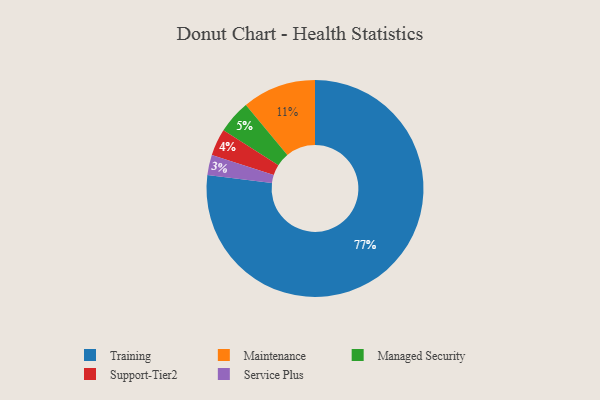
{"axis": {"x": "Category", "y": "Percentage"}, "legend": ["Maintenance", "Managed Security", "Service Plus", "Support-Tier2", "Training"], "data": [{"x": "Maintenance", "y": 11, "type": "Maintenance"}, {"x": "Support-Tier2", "y": 4, "type": "Support-Tier2"}, {"x": "Managed Security", "y": 5, "type": "Managed Security"}, {"x": "Training", "y": 77, "type": "Training"}, {"x": "Service Plus", "y": 3, "type": "Service Plus"}]}